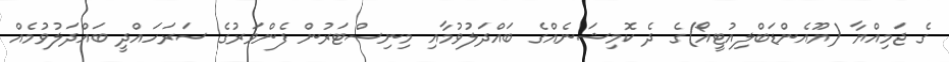
ގެ ޖަމިއްޔާ (ޔޫއެންޑަބްލިއުޓީއޯ)ގެ ދެ ކޮމިޝަނެއްގެ ބައްދަލުވުމާއި މިނިސްޓަރުން ފެންވަރުގެ ސަރަހައްދީ ބައްދަލުވުމެއް